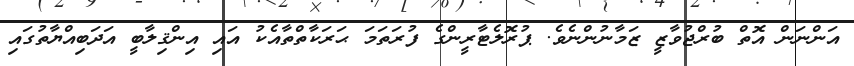
އަންނަން އޮތް ބުރްޖުވާޒީ ޒަމާނުންނެވެ. ޕުރޮލެޓާރީންގެ ފުރަތަމަ ޙަރަކާތްތާއެކު އައި އިންޤިލާބީ އަދަބިއްޔާތުގައި